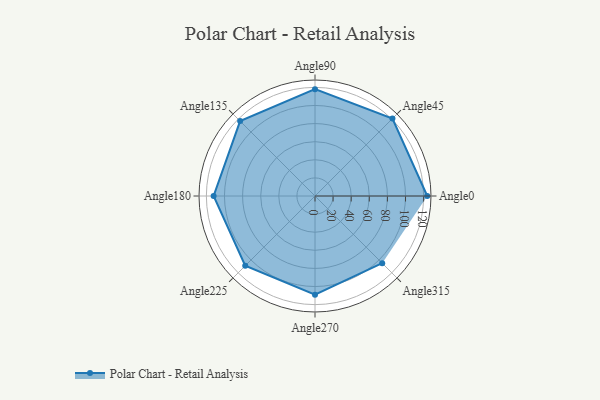
{"axis": {"x": "Angle", "y": "Radius"}, "legend": [""], "data": [{"x": "Angle0", "y": 124.0, "type": ""}, {"x": "Angle45", "y": 121.0, "type": ""}, {"x": "Angle90", "y": 118.0, "type": ""}, {"x": "Angle135", "y": 117.0, "type": ""}, {"x": "Angle180", "y": 112.0, "type": ""}, {"x": "Angle225", "y": 109.0, "type": ""}, {"x": "Angle270", "y": 109.0, "type": ""}, {"x": "Angle315", "y": 105.0, "type": ""}]}